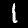
Label: 1